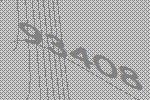
93408